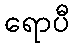
ရောပီ